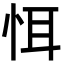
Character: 𢙘